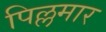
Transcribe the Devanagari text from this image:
पिल्लमार